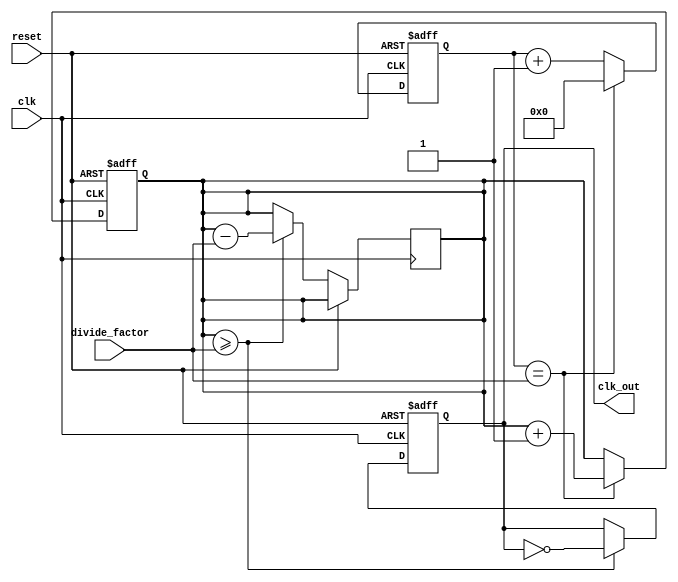
module floating_point_clock_divider (
    input wire clk,
    input wire reset,
    input wire [31:0] divide_factor,
    output reg clk_out
);

reg [31:0] count;
reg [31:0] accumulator;

always @ (posedge clk or posedge reset) begin
    if (reset) begin
        count <= 0;
        accumulator <= 0;
    end else begin
        count <= count + 1;
        if (count == divide_factor) begin
            count <= 0;
            accumulator <= accumulator + 1;
        end
    end
end

always @ (posedge clk or posedge reset) begin
    if (reset) begin
        clk_out <= 0;
    end else begin
        if (accumulator >= divide_factor) begin
            clk_out <= ~clk_out;
            accumulator <= accumulator - divide_factor;
        end
    end
end

endmodule